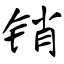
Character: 销